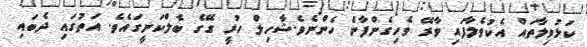
ކަޅުވިލާތައް އެކުވެލާފައި ވާރޭ ވެހިގެންފާނެ ހެންނެވެ.ޝާހިލް ހުރީ ގޭގެ ބެލްކަނީގައެވެ. އަތުގައި ދެބައި